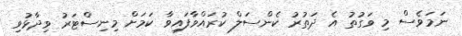
ނަމަވެސް މި ވަގުތު އެ ދަތުރު ކެންސަލް ކުރައްވާފައިވާ ކަމަށް މިނިސްޓަރު ވިދާޅުވި